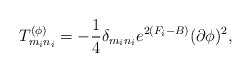
\begin{align*}T_{m_in_i}^{(\phi)}=-{1\over 4}\delta_{m_in_i}e^{2(F_i-B)}(\partial\phi)^2,\end{align*}